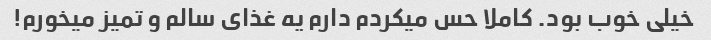
خیلی خوب بود. کاملا حس میکردم دارم یه غذای سالم و تمیز میخورم!